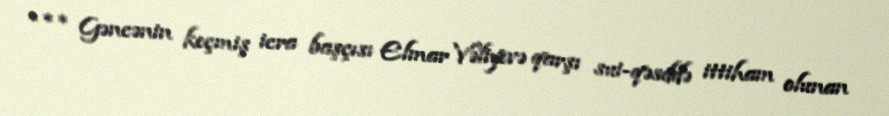
*** Gəncənin keçmiş icra başçısı Elmar Vəliyevə qarşı sui-qəsddə ittiham olunan